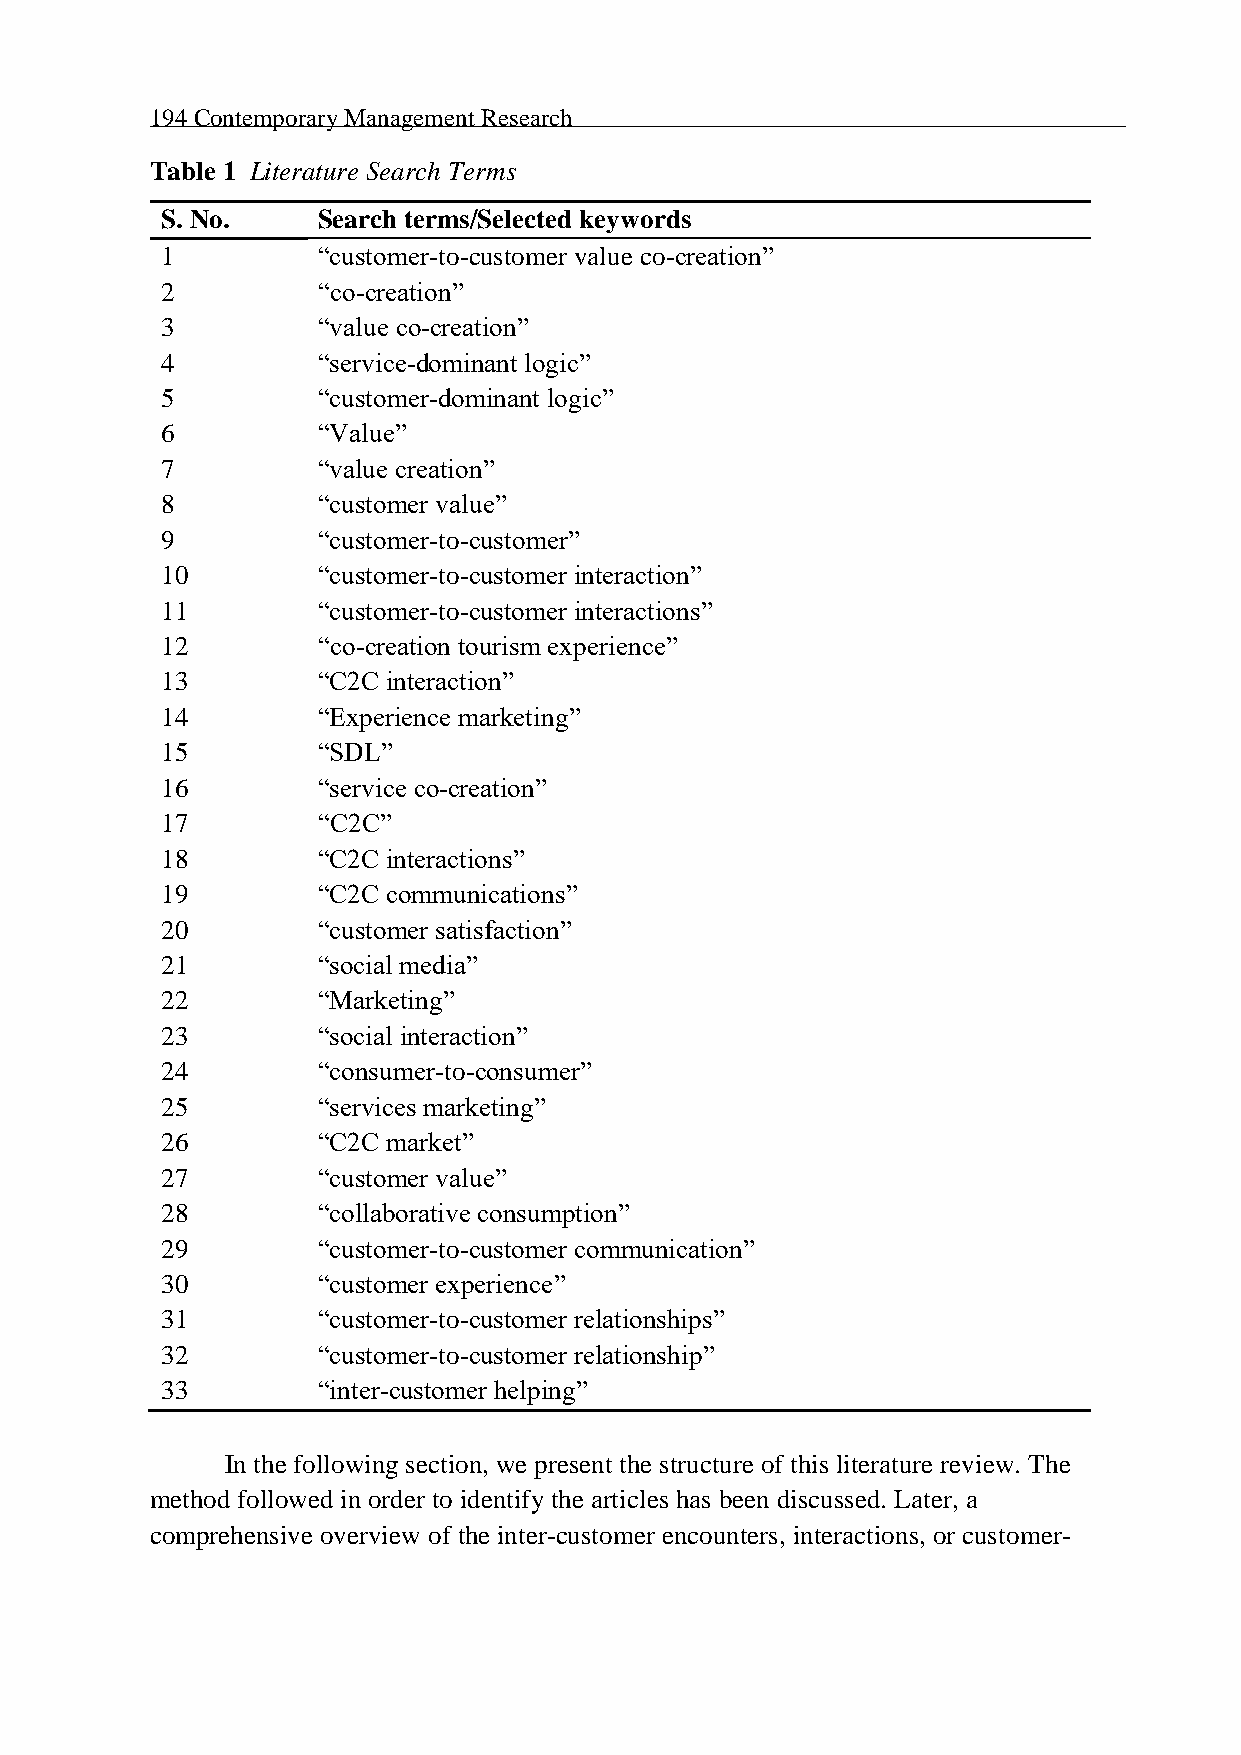
194 Contemporary Management Research
 Table 1 Literature Search Terms
 S. No.    Search terms/Selected keywords
 1         “customer-to-customer value co-creation”
 2         “co-creation”
 3         “value co-creation”
 4         “service-dominant logic”
 5         “customer-dominant logic”
 6         “Value”
 7         “value creation”
 8         “customer value”
 9         “customer-to-customer”
 10        “customer-to-customer interaction”
 11        “customer-to-customer interactions”
 12        “co-creation tourism experience”
 13        “C2C interaction”
 14        “Experience marketing”
 15        “SDL”
 16        “service co-creation”
 17        “C2C”
 18        “C2C interactions”
 19        “C2C communications”
 20        “customer satisfaction”
 21        “social media”
 22        “Marketing”
 23        “social interaction”
 24        “consumer-to-consumer”
 25        “services marketing”
 26        “C2C market”
 27        “customer value”
 28        “collaborative consumption”
 29        “customer-to-customer communication”
 30        “customer experience”
 31        “customer-to-customer relationships”
 32        “customer-to-customer relationship”
 33        “inter-customer helping”
 In the following section, we present the structure of this literature review. The
 method followed in order to identify the articles has been discussed. Later, a
 comprehensive overview of the inter-customer encounters, interactions, or customer-